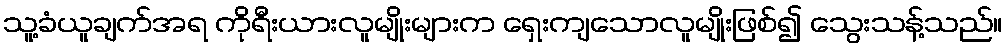
သူ့ခံယူချက်အရ ကိုရီးယားလူမျိုးများက ရှေးကျသောလူမျိုးဖြစ်၍ သွေးသန့်သည်။